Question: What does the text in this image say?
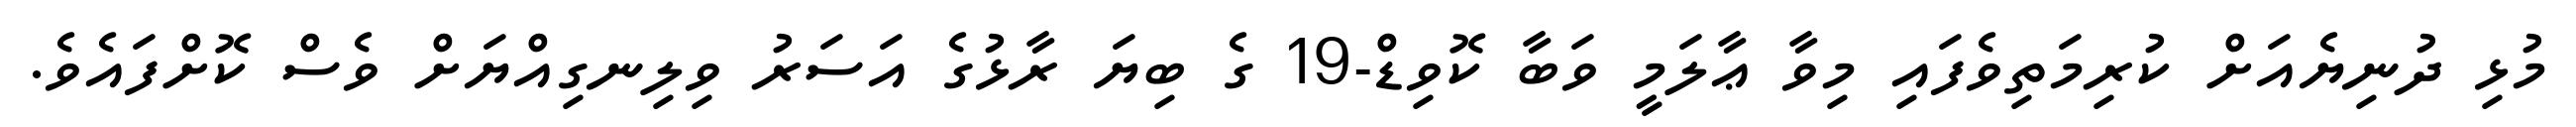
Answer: މުޅި ދުނިޔެއަށް ކުރިމަތިވެފައި މިވާ ޢާލަމީ ވަބާ ކޮވިޑް-19 ގެ ބިޔަ ރާޅުގެ އަސަރު ވިލިނގިއްޔަށް ވެސް ކޮށްފައެވެ.